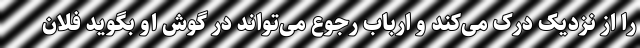
را از نزدیک درک می‌کند و ارباب رجوع می‌تواند در گوش او بگوید فلان